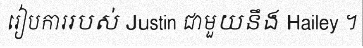
រៀបការរបស់ Justin ជាមួយនឹង Hailey ។